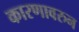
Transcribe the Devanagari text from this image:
कारणावरुन